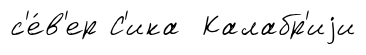
с'е́в'ер С'ика Калабр'иjи